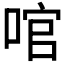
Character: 𠴨